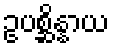
ဥပစ္ဆိန္နာယ